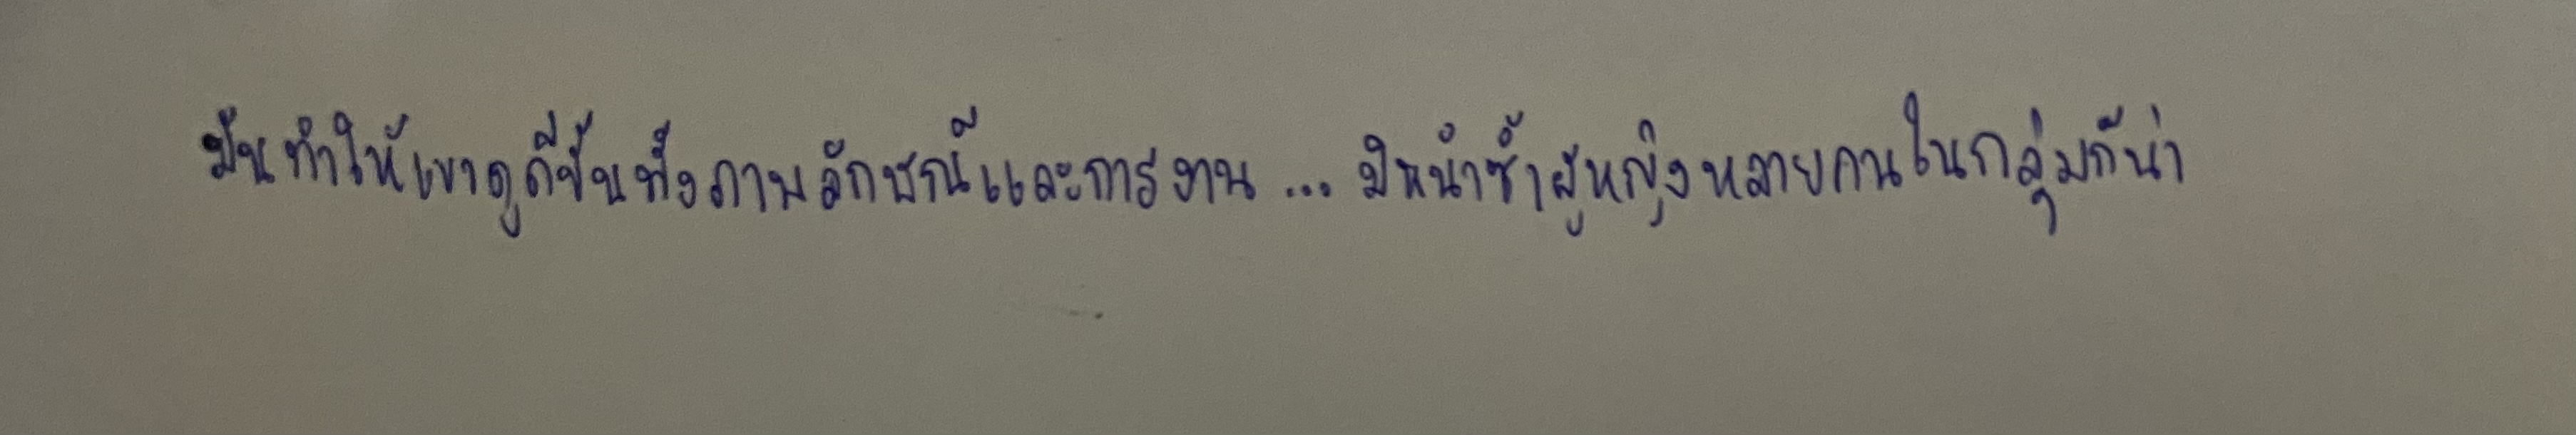
มันทำให้เขาดูดีขึ้นทั้งภาพลักษณ์และการงาน...มิหนำซ้ำผู้หญิงหลายคนในกลุ่มก็น่า